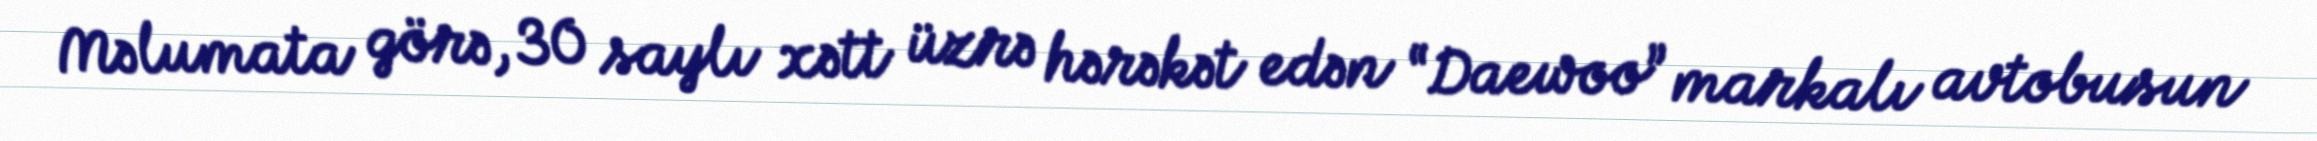
Məlumata görə, 30 saylı xətt üzrə hərəkət edən “Daewoo” markalı avtobusun